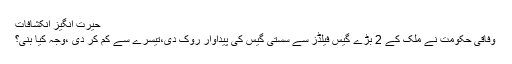
حیرت انگیز انکشافات
وفاقی حکومت نے ملک کے 2 بڑے گیس فیلڈز سے سستی گیس کی پیداوار روک دی،تیسرے سے کم کر دی ،وجہ کیا بنی؟